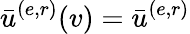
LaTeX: \bar{u}^{(e,r)}(v)=\bar{u}^{(e,r)}